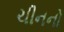
ચીનનો